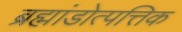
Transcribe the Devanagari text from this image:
ब्रह्मांडोत्पत्तिक